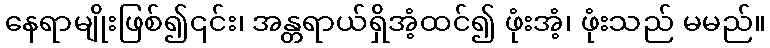
နေရာမျိုးဖြစ်၍၎င်း၊ အန္တရာယ်ရှိအံ့ထင်၍ ဖုံးအံ့၊ ဖုံးသည် မမည်။